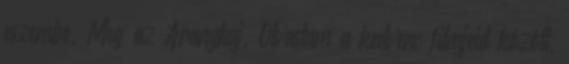
eszembe. Meg az Aranyhaj. Olvastam a kedvenc filmjeid között,